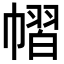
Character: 𢄭